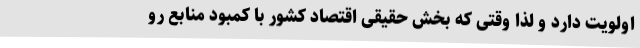
اولویت دارد و لذا وقتی که بخش حقیقی اقتصاد کشور با کمبود منابع رو